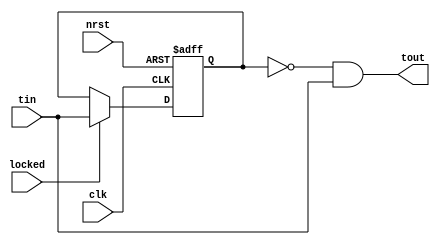
module RiseEdgeTrigger (
    input   clk,
    input   nrst,
    input   locked,
    
    input   tin,
    output  tout
);
    reg tin_ff1;

    always @(posedge clk or negedge nrst) begin
        if (!nrst) begin
            tin_ff1 <= 1'd0;
        end
        else if (locked) begin
            tin_ff1 <= tin;
        end
        else begin
            tin_ff1 <= tin_ff1;
        end
    end


    assign  tout    =   (~tin_ff1) & tin;

endmodule